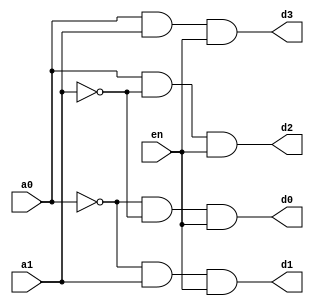
module two_to_four_decoder(en,a0,a1,d0,d1,d2,d3);
input a0,a1,en;
output d0,d1,d2,d3;

assign d0 = (~a0)& (~a1) & en;
assign d1 = (~a0)& (a1)  & en;
assign d2 = (a0)& (~a1)  & en;
assign d3 = (a0)& (a1)   & en;

endmodule